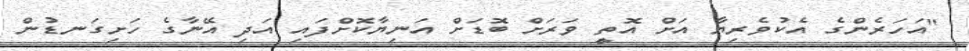
"އަހަރެންގެ އެކުވެރިޔާ އަށް އޮތީ ވަރަށް ބޮޑަށް އަނިޔާކޮށްފައި އަދި އޭނާގެ ހަށިގަނޑުން